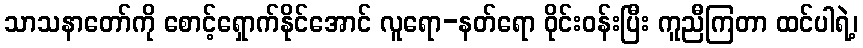
သာသနာတော်ကို စောင့်ရှောက်နိုင်အောင် လူရော-နတ်ရော ဝိုင်းဝန်းပြီး ကူညီကြတာ ထင်ပါရဲ့၊